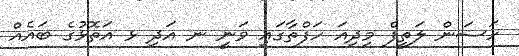
ހަސަން ލަތީފް މިދިއަ ހަފްތާގައި ވަނީ ނ އަދި ޅ އަތޮޅުގެ ބައެއް